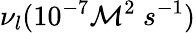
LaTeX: \nu_{l}(10^{-7}\mathcal{M}^{2}\ s^{-1})